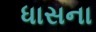
ધાસના